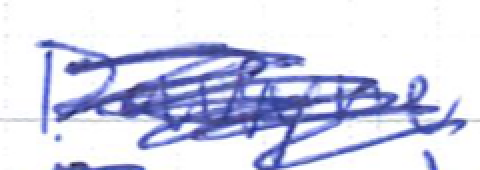
Text: Dawyne
Cross-out: scratch
Writing tool: ballpoint